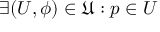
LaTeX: \exists ( U , \phi ) \in { \mathfrak { U } } : p \in U